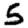
Digit: 5